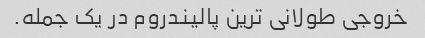
خروجی طولانی ترین پالیندروم در یک جمله.